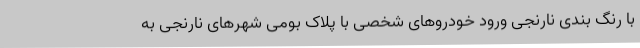
با رنگ بندی نارنجی ورود خودروهای شخصی با پلاک بومی شهرهای نارنجی به